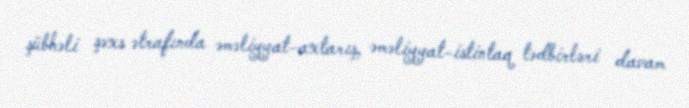
şübhəli şəxs ətrafında əməliyyat-axtarış, əməliyyat-istintaq tədbirləri davam